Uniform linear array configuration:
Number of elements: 12
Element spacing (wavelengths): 0.75
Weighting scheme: cosine
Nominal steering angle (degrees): -45
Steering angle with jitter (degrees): -44.076
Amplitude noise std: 0.05
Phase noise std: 0.05

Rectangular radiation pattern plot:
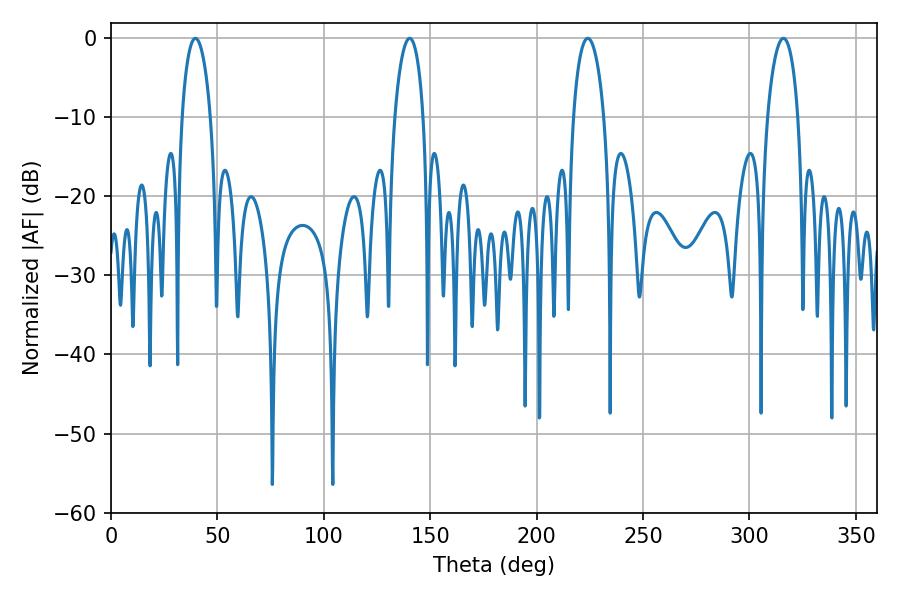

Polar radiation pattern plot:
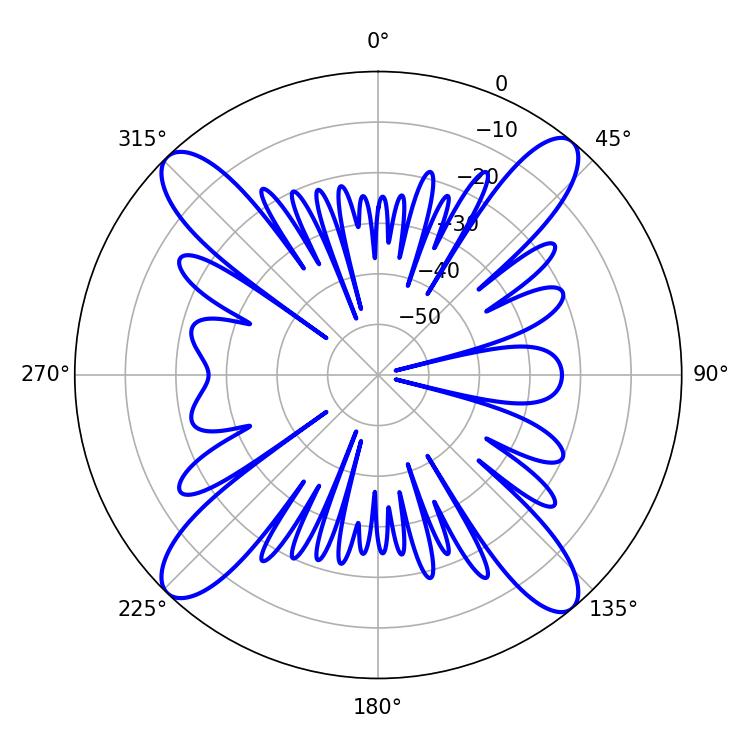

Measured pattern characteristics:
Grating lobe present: TRUE
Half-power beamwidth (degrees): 7.56
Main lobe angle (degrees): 39.6